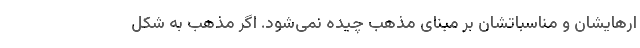
ارهایشان و مناسباتشان بر مبنای مذهب چیده نمی‌شود. اگر مذهب به شکل